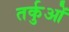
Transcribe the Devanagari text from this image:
तर्कुओं